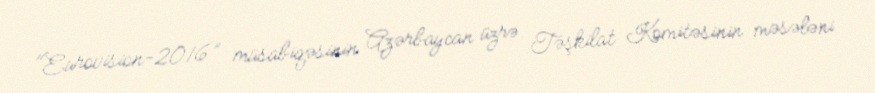
"Eurovision-2016” müsabiqəsinin Azərbaycan üzrə Təşkilat Komitəsinin məsələni